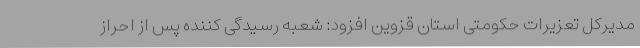
مدیرکل تعزیرات حکومتی استان قزوین افزود: شعبه رسیدگی کننده پس از احراز